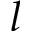
l